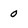
Character: 0